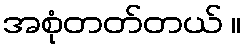
အစုံတတ်တယ် ။